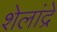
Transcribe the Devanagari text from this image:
शेलांद्रे